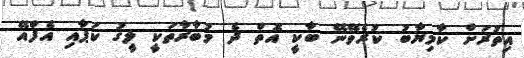
އިތުރަށް ކާމިޔާބު ކުރެވޭނޭ ބާކީ އޮތް ދެ މުބާރާތަކީ ލީގު ކަޕާއި އެފްއޭ